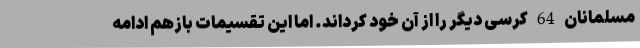
مسلمانان 64 کرسی دیگر را از آن خود کرداند. اما این تقسیمات بازهم ادامه